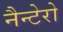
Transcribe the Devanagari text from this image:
नैन्टेरो